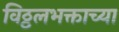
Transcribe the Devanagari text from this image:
विठ्ठलभक्ताच्या